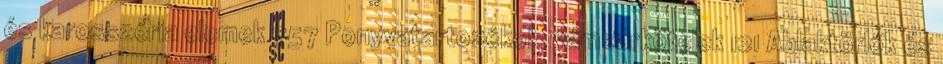
és karosszéria elemek 757 Ponyvatartozékok, vámzárkötelek 121 Ablaktörlők és